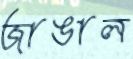
জাঙাল